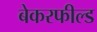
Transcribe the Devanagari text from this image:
बेकरफील्ड